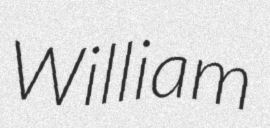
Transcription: William